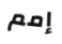
إمم